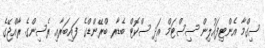
ސިގްމާ އެންޓިފައުލިން ސިސްޓަމް އަދި ސްކޮޓް ބެޑާރ ބްރޭންޑްގެ ފައިބަރާއި ރެސިންގެ ރާއްޖޭގެ